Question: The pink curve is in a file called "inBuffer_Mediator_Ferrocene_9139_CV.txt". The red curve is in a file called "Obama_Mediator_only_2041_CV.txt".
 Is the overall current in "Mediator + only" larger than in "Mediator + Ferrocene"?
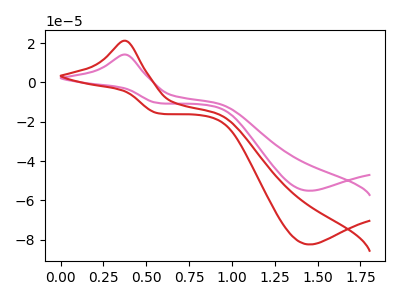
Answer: <think>The pink curve "Mediator + Ferrocene" has an anodic peak at (0.40V, 14.20uA) and a cathodic peak at (1.45V, -55.15uA). The red curve "Mediator + only" has an anodic peak at (0.40V, 21.20uA) and a cathodic peak at (1.45V, -82.50uA).
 All the peaks in "Mediator + only" have a peak in "Mediator + Ferrocene" at the same potential. Every peak in "Mediator + only" is higher than every peak in "Mediator + Ferrocene".</think>
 <answer>"Mediator + only" has more signal than "Mediator + Ferrocene".</answer>
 <eval>more_signal</eval>